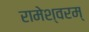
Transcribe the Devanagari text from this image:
रामेश्वरम्‌